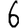
Digit: 6